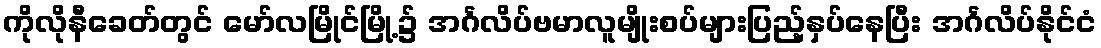
ကိုလိုနီခေတ်တွင် မော်လမြိုင်မြို့၌ အင်္ဂလိပ်ဗမာလူမျိုးစပ်များပြည့်နှပ်နေပြီး အင်္ဂလိပ်နိုင်ငံ